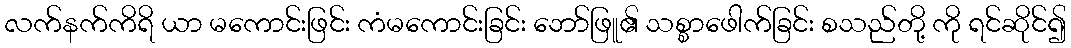
လက်နက်ကိရိ ယာ မကောင်းဖြင်း ကံမကောင်းခြင်း ဘော်ဖြူ၏ သစ္စာဖေါက်ခြင်း စသည်တို့ ကို ရင်ဆိုင်၍